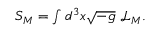
\begin{array} { r } { S _ { M } = \int d ^ { 3 } x \sqrt { - g } \, \, \mathcal { L } _ { M } . } \end{array}